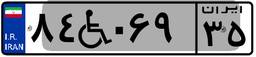
۸۴W۰۶۹۳۵